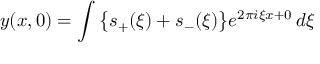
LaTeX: y ( x , 0 ) = \int { \bigl \{ } s _ { + } ( \xi ) + s _ { - } ( \xi ) { \bigr \} } e ^ { 2 \pi i \xi x + 0 } \, d \xi